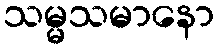
သမ္မသမာနော